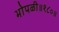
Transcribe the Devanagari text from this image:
भोपळी॥१८०॥